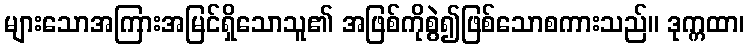
များသောအကြားအမြင်ရှိသောသူ၏ အဖြစ်ကိုစွဲ၍ဖြစ်သောစကားသည်။ ဒုက္ကထာ၊